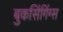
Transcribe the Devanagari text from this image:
बुकसिंगिंग्स